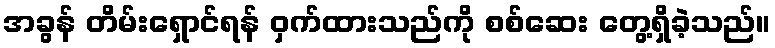
အခွန် တိမ်းရှောင်ရန် ဝှက်ထားသည်ကို စစ်ဆေး တွေ့ရှိခဲ့သည်။